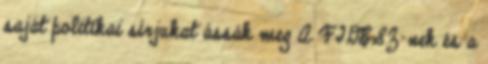
saját politikai sírjukat ássák meg A FIDESZ-nek és a